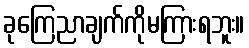
ခုကြေညာချက်ကိုမကြားရဘူး။